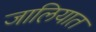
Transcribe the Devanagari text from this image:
जालियात